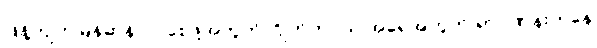
ဖြန့်ကျက်မြန်ဆန်လာစေဖို့အတွက် ဂြိုဟ်တုငယ် အရေအတွက် ရာဂဏန်းကနေ